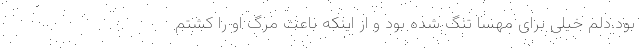
بود.دلم خیلی برای مهسا تنگ شده بود و از اینکه باعث مرگ او را کشتم